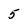
Character: 5